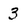
Character: 3